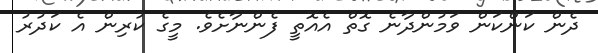
ދެން ކަންކަން ވަމުންދާނެ ގޮތް އެއޮތީ ފެންނާށެވެ. މީގެ ކުރިން އެ ކަދުރު